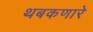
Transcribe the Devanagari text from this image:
थबकणारे